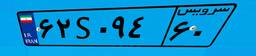
۲۴S۹۵۷۱۳